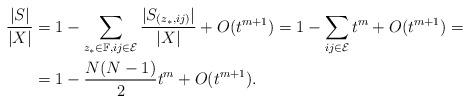
LaTeX: \begin{align*}\frac{|S|}{|X|}&=1-\sum_{z_{\ast}\in\mathbb F,ij\in\mathcal{E}}\frac{|S_{(z_{\ast},ij)}|}{|X|}+O(t^{m+1})=1-\sum_{ij\in\mathcal{E}}t^m+O(t^{m+1})=\\&=1-\frac{N(N-1)}{2}t^m+O(t^{m+1}).\end{align*}